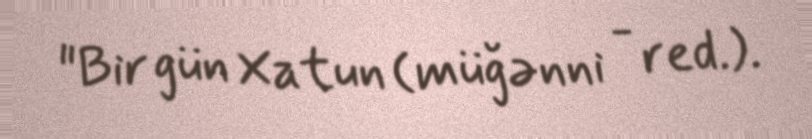
"Bir gün Xatun (müğənni - red.).